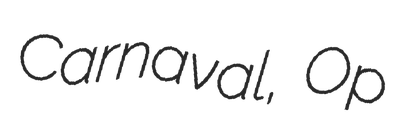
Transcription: Carnaval, Op